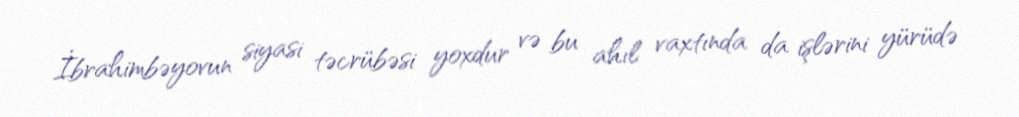
İbrahimbəyovun siyasi təcrübəsi yoxdur və bu ahıl vaxtında da işlərini yürüdə